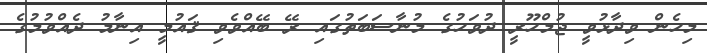
މިހެން ވިދާޅުވީ ޖުމްހޫރީ ދުވަހުގެ މުނާސަބަތުގައި ރޭ ބޭއްވެވި ޤައުމީ އިނާމު ދެއްވުމުގެ